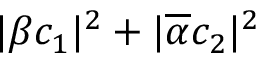
\lvert \beta c _ { 1 } \rvert ^ { 2 } + \lvert \overline { { \alpha } } c _ { 2 } \rvert ^ { 2 }